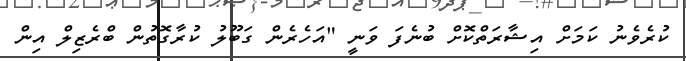
ކުރެވެނު ކަމަށް އިޝާރަތްކޮށް ބުނެފަ ވަނީ "އަހެރެން ގަބޫލު ކުރާގޮތުން ބްރެޒިލް އިން